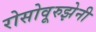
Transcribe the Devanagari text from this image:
रोसोवूरुझेनी